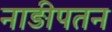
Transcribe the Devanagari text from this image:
नाड़ीपतन